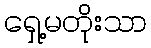
ရှေ့မတိုးသာ